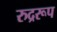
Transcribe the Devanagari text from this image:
रुद्ररूप